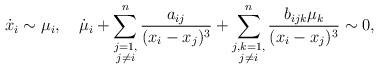
LaTeX: \begin{align*}\dot{x}_i\sim\mu_i,\quad\dot{\mu}_i+\sum^n_{\substack{j=1,\\j\not=i}}\frac{a_{ij}}{(x_i-x_j)^3}+\sum_{\substack{j,k=1,\\j\not=i}}^n\frac{b_{ijk}\mu_k}{(x_i-x_j)^3}\sim 0,\end{align*}